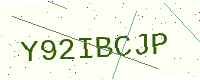
Text: Y92IBCJP